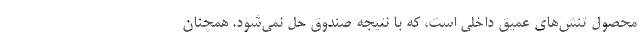
محصول تنش‌هاي عميق داخلي است، كه با نتيجه صندوق حل نمي‌شود. همچنان